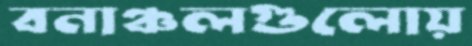
বনাঞ্চলগুলোয়